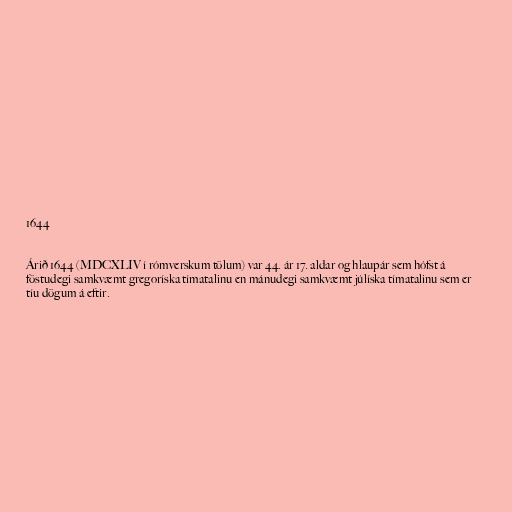
1644

Árið 1644 (MDCXLIV í rómverskum tölum) var 44. ár 17. aldar og hlaupár sem hófst á
föstudegi samkvæmt gregoríska tímatalinu en mánudegi samkvæmt júlíska tímatalinu sem er
tíu dögum á eftir.